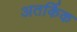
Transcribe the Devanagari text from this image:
अतर्किक